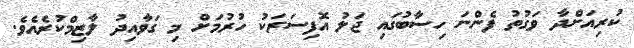
ކުރިއަށްދާ ވަގުތު ފެންނަ ހިސާބުގައި ޖަލު އޮފިސަރަކު ހުރުމަށް މި ގަވާއިދު ލާޒިމްކުރެއެވެ.